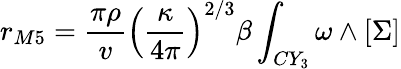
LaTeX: r_{M5}=\frac{\pi\rho}{v}\left(\frac{\kappa}{4\pi}\right)^{2/3}\beta\int_{CY_{3}}\omega\wedge[\Sigma]